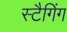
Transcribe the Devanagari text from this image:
स्टैगिंग